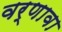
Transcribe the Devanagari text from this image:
वर्णावा